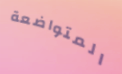
المتواضعة